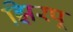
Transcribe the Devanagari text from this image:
झिरपू